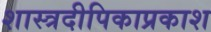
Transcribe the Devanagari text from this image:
शास्त्रदीपिकाप्रकाश